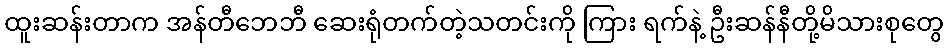
ထူးဆန်းတာက အန်တီဘေဘီ ဆေးရုံတက်တဲ့သတင်းကို ကြား ရက်နဲ့ ဦးဆန်နီတို့မိသားစုတွေ